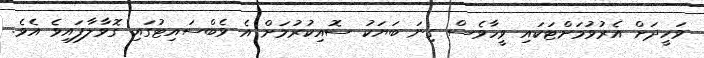
ވަހީދަށް އެރުވުމަށްޓަކައި ވީހާވެސް ގިނަ ބަޔަކު ސޮއިކުރުމަށް އެ ވެބްސައިޓުގައި ގޮވާލާފައިވެ އެވެ.